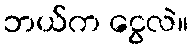
ဘယ်က ငွေလဲ။